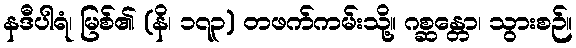
နဒီပါရံ၊ မြစ်၏ (နိ၊ ၁၇၃) တဖက်ကမ်းသို့။ ဂစ္ဆန္တော၊ သွားစဉ်။